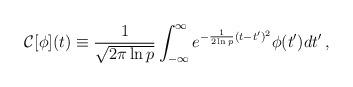
LaTeX: \begin{align*}{\cal C}[\phi](t) \equiv {1 \over \sqrt{2 \pi \ln p}} \int_{-\infty}^\infty{e^{-{1\over 2\ln p} (t-t')^2}\phi(t') dt'} \,,\end{align*}